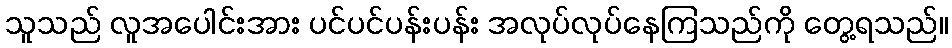
သူသည် လူအပေါင်းအား ပင်ပင်ပန်းပန်း အလုပ်လုပ်နေကြသည်ကို တွေ့ရသည်။